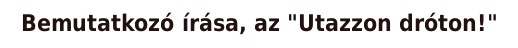
Bemutatkozó írása, az "Utazzon dróton!"